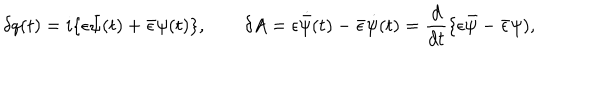
\delta q ( t ) = i \{ \epsilon \bar { \psi } ( t ) + \bar { \epsilon } \psi ( t ) \} , \qquad \delta A = \epsilon \dot { \bar { \psi } } ( t ) - \bar { \epsilon } \dot { \psi } ( t ) = { \frac { d } { d t } } \{ \epsilon \bar { \psi } - \bar { \epsilon } \psi ) ,